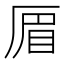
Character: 𠪃